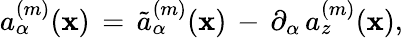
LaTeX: a_{\alpha}^{(m)}(\mathbf{x})\, =\, \tilde{{a}}_{\alpha}^{(m)}(\mathbf{x})\, -\, \partial_{\alpha}\, a_{z}^{(m)}(\mathbf{x}),